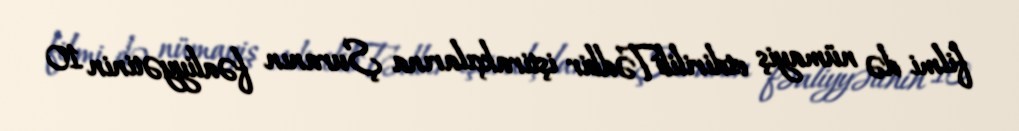
filmi də nümayiş etdirilibTədbir iştirakçılarına Şuranın fəaliyyətinin 10